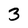
Character: 3